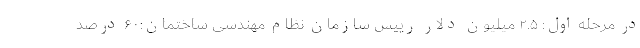
در مرحله اول: ۲.۵ میلیون دلار رییس سازمان نظام مهندسی ساختمان:۶۰ درصد